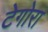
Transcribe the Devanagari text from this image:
टेगोरा